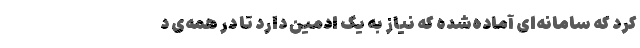
کرد که سامانه‌ای آماده‌شده که نیاز به یک ادمین دارد تا در همه‌ی د